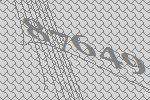
87649